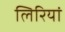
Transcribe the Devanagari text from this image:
लिरियां